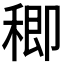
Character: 𥠈